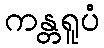
ကန္တရူပံ